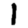
Digit: 1